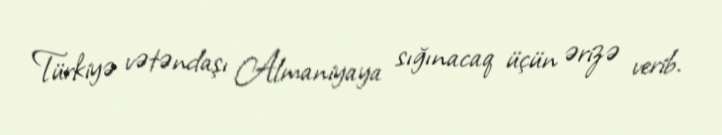
Türkiyə vətəndaşı Almaniyaya sığınacaq üçün ərizə verib.